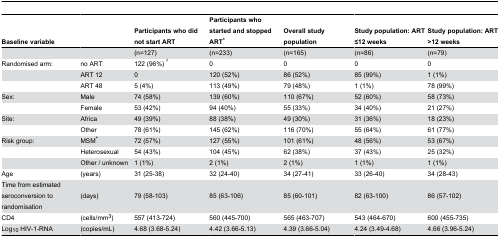
<table><thead><tr><td><b>Baseline variable</b></td><td></td><td><b>Participants who did not start ART</b></td><td><b>Participants who started and stopped ART*</b></td><td><b>Overall study population</b></td><td><b>Study population: ART ≤12 weeks</b></td><td><b>Study population: ART &gt;12 weeks</b></td></tr></thead><tbody><tr><td></td><td></td><td>(n=127)</td><td>(n=233)</td><td>(n=165)</td><td>(n=86)</td><td>(n=79)</td></tr><tr><td>Randomised arm:</td><td>no ART</td><td>122 (96%) <sup>♯</sup></td><td>0</td><td>0</td><td>0</td><td>0</td></tr><tr><td></td><td>ART 12</td><td>0</td><td>120 (52%)</td><td>86 (52%)</td><td>85 (99%)</td><td>1 (1%)</td></tr><tr><td></td><td>ART 48</td><td>5 (4%)</td><td>113 (49%)</td><td>79 (48%)</td><td>1 (1%)</td><td>78 (99%)</td></tr><tr><td>Sex:</td><td>Male</td><td>74 (58%)</td><td>139 (60%)</td><td>110 (67%)</td><td>52 (60%)</td><td>58 (73%)</td></tr><tr><td></td><td>Female</td><td>53 (42%)</td><td>94 (40%)</td><td>55 (33%)</td><td>34 (40%)</td><td>21 (27%)</td></tr><tr><td>Site:</td><td>Africa</td><td>49 (39%)</td><td>88 (38%)</td><td>49 (30%)</td><td>31 (36%)</td><td>18 (23%)</td></tr><tr><td></td><td>Other</td><td>78 (61%)</td><td>145 (62%)</td><td>116 (70%)</td><td>55 (64%)</td><td>61 (77%)</td></tr><tr><td>Risk group:</td><td>MSM<sup>+</sup></td><td>72 (57%)</td><td>127 (55%)</td><td>101 (61%)</td><td>48 (56%)</td><td>53 (67%)</td></tr><tr><td></td><td>Heterosexual</td><td>54 (43%)</td><td>104 (45%)</td><td>62 (38%)</td><td>37 (43%)</td><td>25 (32%)</td></tr><tr><td></td><td>Other / unknown</td><td>1 (1%)</td><td>2 (1%)</td><td>2 (1%)</td><td>1 (1%)</td><td>1 (1%)</td></tr><tr><td>Age</td><td>(years)</td><td>31 (25-38)</td><td>32 (24-40)</td><td>34 (27-41)</td><td>33 (26-40)</td><td>34 (28-43)</td></tr><tr><td>Time from estimated seroconversion to randomisation</td><td>(days)</td><td>79 (58-103)</td><td>85 (63-106)</td><td>85 (60-101)</td><td>82 (63-100)</td><td>86 (57-102)</td></tr><tr><td>CD4</td><td>(cells/mm<sup>3</sup>)</td><td>557 (413-724)</td><td>560 (445-700)</td><td>565 (463-707)</td><td>543 (464-670)</td><td>600 (455-735)</td></tr><tr><td>Log<sub>10</sub> HIV-1-RNA</td><td>(copies/mL)</td><td>4.68 (3.68-5.24)</td><td>4.42 (3.66-5.13)</td><td>4.39 (3.66-5.04)</td><td>4.24 (3.49-4.68)</td><td>4.66 (3.96-5.24)</td></tr></tbody></table>